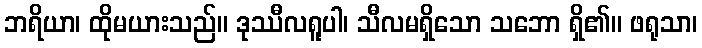
ဘရိယာ၊ ထိုမယားသည်။ ဒုဿီလရူပါ၊ သီလမရှိသော သဘော ရှိ၏။ ဖရုသာ၊